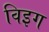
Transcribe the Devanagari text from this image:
विइग